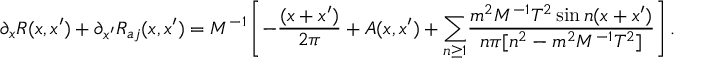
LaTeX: \partial _ { x } R ( x , x ^ { \prime } ) + \partial _ { x ^ { \prime } } R _ { a j } ( x , x ^ { \prime } ) = M ^ { - 1 } \left[ - \frac { ( x + x ^ { \prime } ) } { 2 \pi } + A ( x , x ^ { \prime } ) + { \Large \sum _ { n \geq 1 } } \frac { m ^ { 2 } M ^ { - 1 } T ^ { 2 } \sin n ( x + x ^ { \prime } ) } { n \pi [ n ^ { 2 } - m ^ { 2 } M ^ { - 1 } T ^ { 2 } ] } \right] . \nonumber